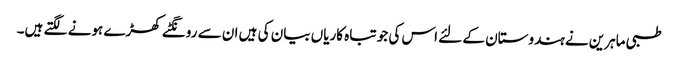
طبی ماہرین نے ہندوستان کے لئے اس کی جو تباہ کاریاں بیان کی ہیں ان سے رونگٹے کھڑے ہونے لگتے ہیں۔